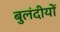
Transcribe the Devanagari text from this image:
बुलंदीयों